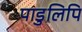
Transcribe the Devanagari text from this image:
पाडुलिपि